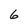
Character: 6